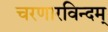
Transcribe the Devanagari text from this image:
चरणारविन्दम्